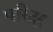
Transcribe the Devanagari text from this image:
परिदर